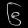
Digit: ၆